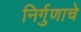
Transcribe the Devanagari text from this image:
निर्गुणाचे